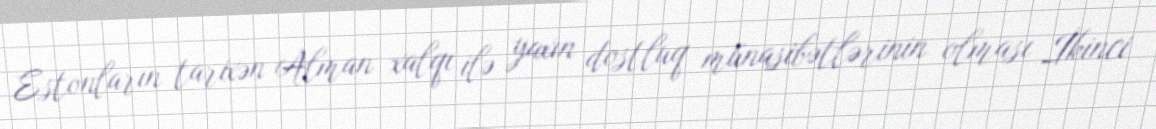
Estonların tarixən Alman xalqı ilə yaxın dostluq münasibətlərinin olması İkinci